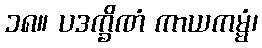
၁၈။ ပဒက္ခိဏံ ကာယကမ္မံ၊